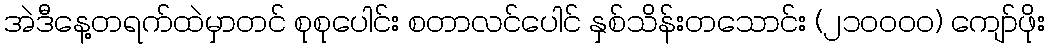
အဲဒီနေ့တရက်ထဲမှာတင် စုစုပေါင်း စတာလင်ပေါင် နှစ်သိန်းတသောင်း (၂၁၀၀၀၀) ကျော်ဖိုး